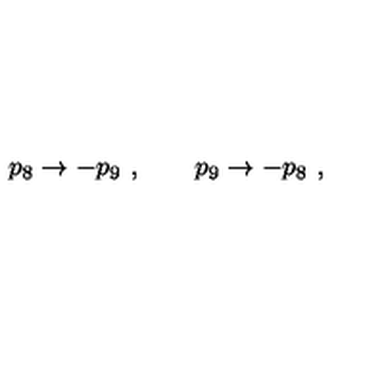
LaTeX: p _ { 8 } \to - p _ { 9 } \ , \qquad p _ { 9 } \to - p _ { 8 } \ ,